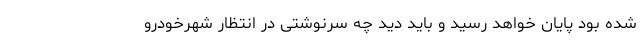
شده بود پایان خواهد رسید و باید دید چه سرنوشتی در انتظار شهرخودرو